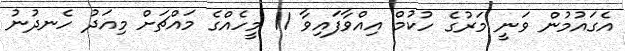
އެގައުމުން ވަނީ މަރުގެ ހުކުމް އިއްވާފައިވާ 11 މީހެއްގެ މައްޗަށް މިއަދު ހެނދުނު